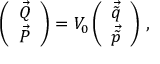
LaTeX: \left( \begin{array} { c } { { \vec { Q } } } \\ { { \vec { P } } } \end{array} \right) = { \cal V } _ { 0 } \left( \begin{array} { c } { { \vec { \tilde { q } } } } \\ { { \vec { \tilde { p } } } } \end{array} \right) \, ,